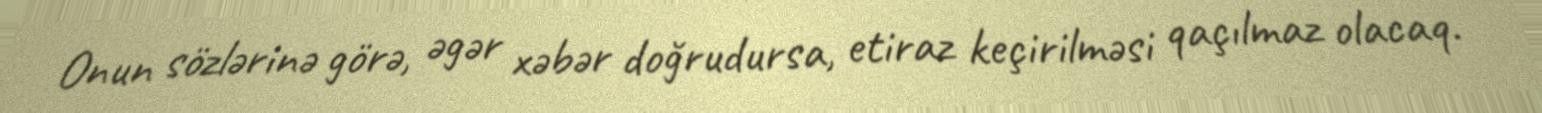
Onun sözlərinə görə, əgər xəbər doğrudursa, etiraz keçirilməsi qaçılmaz olacaq.